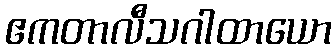
ဧကတာလီသဂါထာယော